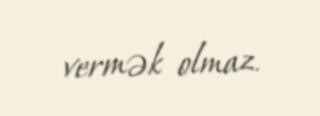
vermək olmaz.